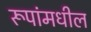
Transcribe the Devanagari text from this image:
रूपांमधील